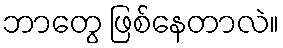
ဘာတွေ ဖြစ်နေတာလဲ။